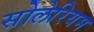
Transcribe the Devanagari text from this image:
सोलेरियम